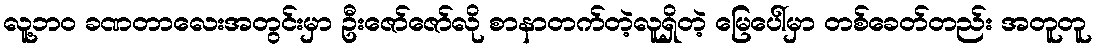
လူ့ဘဝ ခဏတာလေးအတွင်းမှာ ဦးဇော်ဇော်လို စာနာတက်တဲ့လူရှိတဲ့ မြေပေါ်မှာ တစ်ခေတ်တည်း အတူတူ